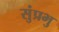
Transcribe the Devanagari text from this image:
सुंप्रभु